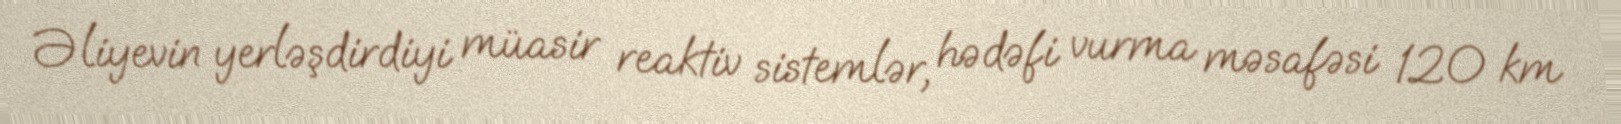
Əliyevin yerləşdirdiyi müasir reaktiv sistemlər, hədəfi vurma məsafəsi 120 km